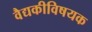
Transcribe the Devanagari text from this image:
वैद्यकीविषयक